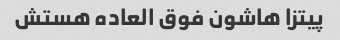
پیتزا هاشون فوق العاده هستش